Annual report of the Punjab Veterinary College and of the Civil Veterinary Department, Punjab - 1926-1932
Year: 1926
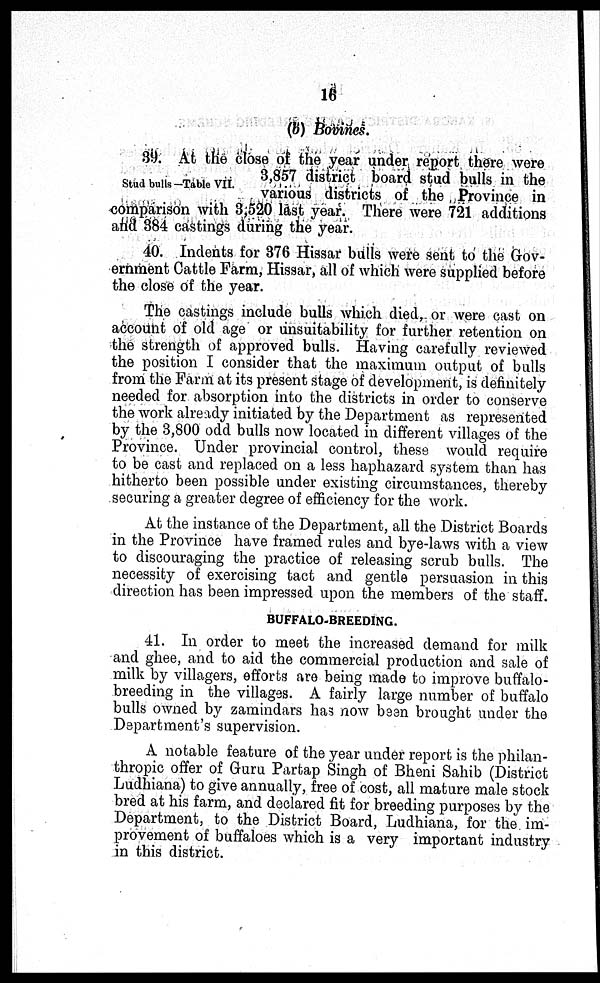
16
(b) Bovines.
Stud bulls -Table VII.
39. At the close of the year under report there were
3,857 district board stud bulls in the
various districts of the Province in
comparison with 3;520 last year. There were 721 additions
and 384 castings during the year.
40. Indents for 376 Hissar bulls were sent to the Gov-
ernment Cattle Farm, Hissar, all of which were supplied before
the close of the year.
The castings include bulls which died, or were cast on
account of old age or unsuitability for further retention on
the strength of approved bulls. Having carefully reviewed
the position I consider that the maximum output of bulls
from the Farm at its present stage of development, is definitely
needed for absorption into the districts in order to conserve
the work already initiated by the Department as represented
by the 3,800 odd bulls now located in different villages of the
Province. Under provincial control, these would require
to be cast and replaced on a less haphazard system than has
hitherto been possible under existing circumstances, thereby
securing a greater degree of efficiency for the work.
At the instance of the Department, all the District Boards
in the Province have framed rules and bye-laws with a view
to discouraging the practice of releasing scrub bulls. The
necessity of exercising tact and gentle persuasion in this
direction has been impressed upon the members of the staff.
BUFFALO-BREEDING.
41. In order to meet the increased demand for milk
and ghee, and to aid the commercial production and sale of
milk by villagers, efforts are being made to improve buffalo-
breeding in the villages. A fairly large number of buffalo
bulls owned by zamindars has now been brought under the
Department's supervision.
A notable feature of the year under report is the philan-
thropic offer of Guru Partap Singh of Bheni Sahib (District
Ludhiana) to give annually, free of cost, all mature male stock
bred at his farm, and declared fit for breeding purposes by the
Department, to the District Board, Ludhiana, for the im-
provement of buffaloes which is a very important industry
in this district.